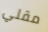
مقلي